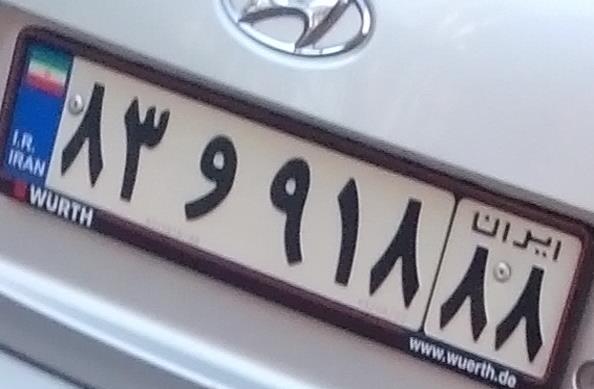
۸۳و۹۱۸۸۸